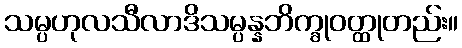
သမ္ပဟုလသီလာဒိသမ္ပန္နဘိက္ခုဝတ္ထုတည်း။